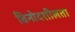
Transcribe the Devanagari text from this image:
विनोदशीलता